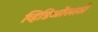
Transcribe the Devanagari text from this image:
व्हिडिओंसाठी